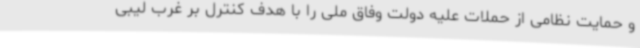
و حمایت نظامی از حملات علیه دولت وفاق ملی را با هدف کنترل بر غرب لیبی